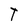
Character: T